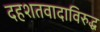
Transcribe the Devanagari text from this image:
दहशतवादाविरुद्ध